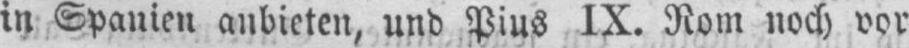
in Spanien anbieten, und Pius IX. Rom noch vor